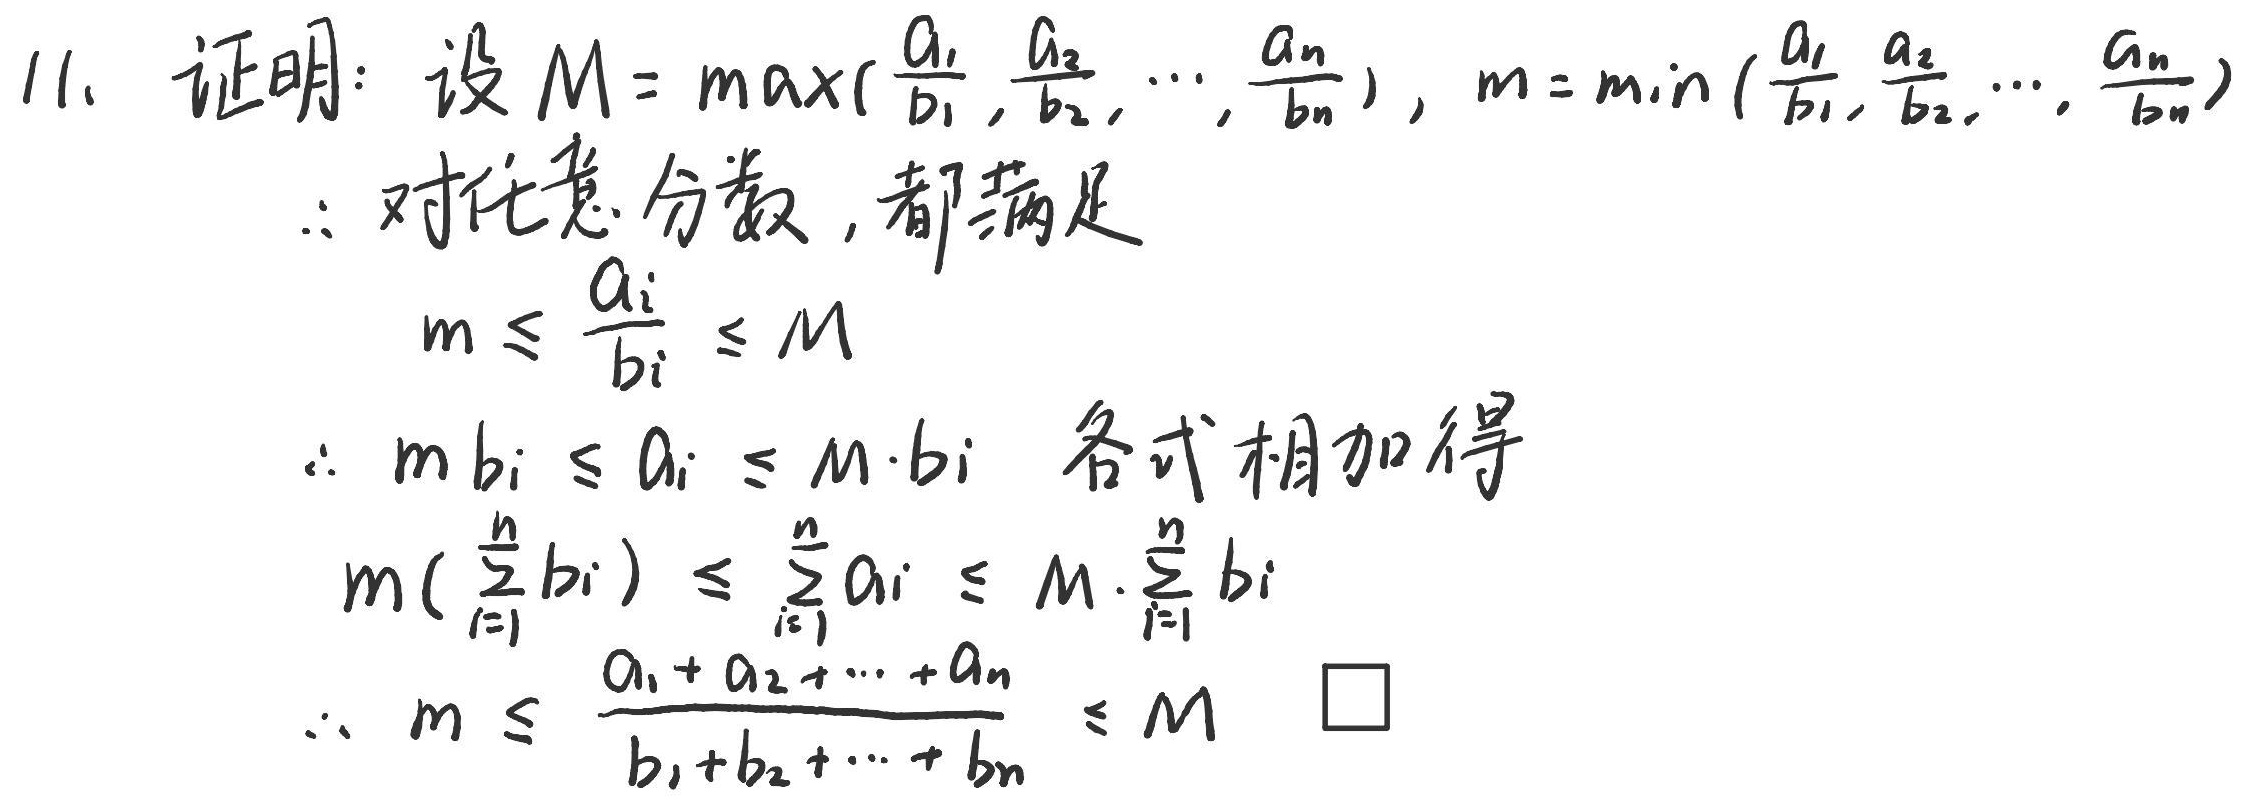
11. 证明：设$M = \max(\frac{a_1}{b_1}, \frac{a_2}{b_2}, \cdots, \frac{a_n}{b_n})$，$m = \min(\frac{a_1}{b_1}, \frac{a_2}{b_2}, \cdots, \frac{a_n}{b_n})$
$\therefore$ 对任意分数，都满足
$$m \leq \frac{a_i}{b_i} \leq M$$
$\therefore m b_i \leq a_i \leq M \cdot b_i$ 各式相加得
$$m(\sum_{i = 1}^{n} b_i) \leq \sum_{i = 1}^{n} a_i \leq M \cdot \sum_{i = 1}^{n} b_i$$
$$\therefore m \leq \frac{a_1 + a_2 + \cdots + a_n}{b_1 + b_2 + \cdots + b_n} \leq M \quad \square$$